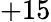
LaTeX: +15